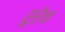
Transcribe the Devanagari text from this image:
रुरेन